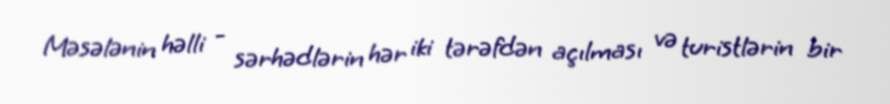
Məsələnin həlli - sərhədlərin hər iki tərəfdən açılması və turistlərin bir